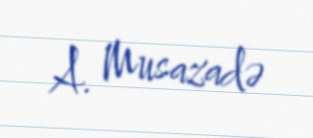
A. Musazadə